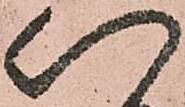
以